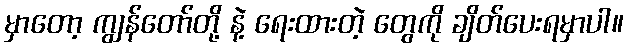
မှာတော့ ကျွန်တော်တို့ နဲ့ ရေးထားတဲ့ တွေကို ချိတ်ပေးရမှာပါ။